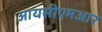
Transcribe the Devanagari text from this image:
आयसीएमआर